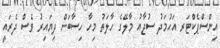
އިންސްޕެކްޓަރ އަހުމަދު ސުޖާއު މާލޭގެ ހާލަތު މިހާ ހިސާބަށް ދިޔައިރު ވެސް ދެރައީ